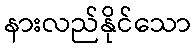
နားလည်နိုင်သော